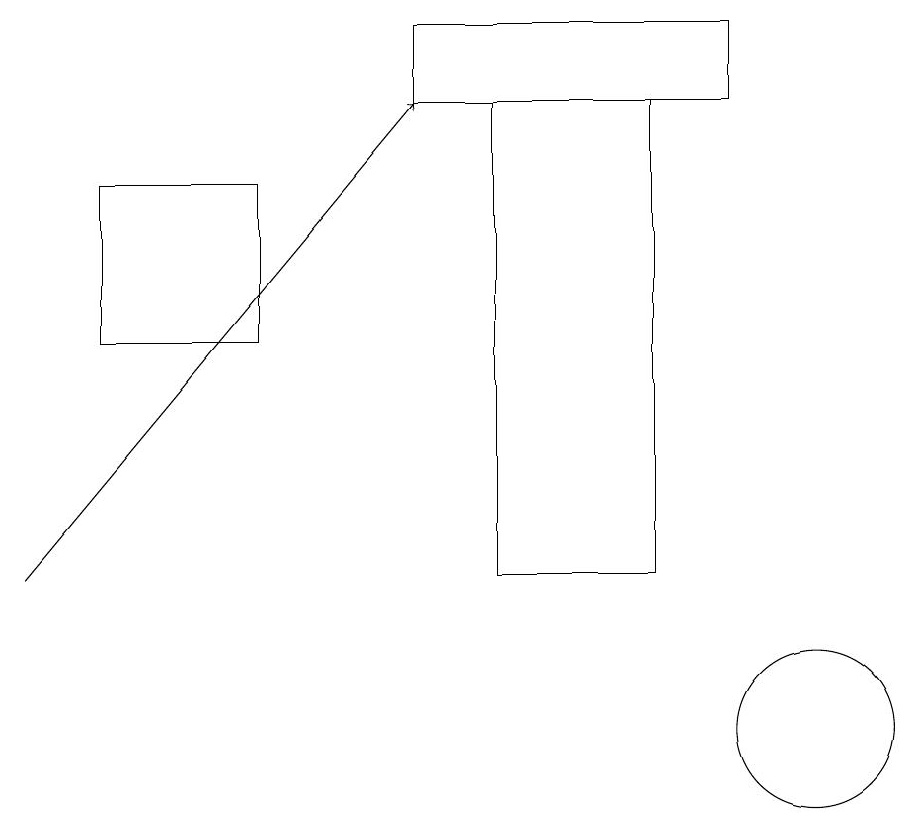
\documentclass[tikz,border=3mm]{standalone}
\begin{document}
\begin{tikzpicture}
\draw[->] (0,12) -- (5,18);
\draw (6,18) rectangle (8,12);
\draw (10,10) circle (1);
\draw (3,15) rectangle (1,17);
\draw (9,19) rectangle (5,18);
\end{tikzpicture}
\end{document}